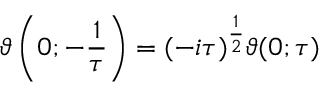
\vartheta \left( 0 ; - { \frac { 1 } { \tau } } \right) = ( - i \tau ) ^ { \frac { 1 } { 2 } } \vartheta ( 0 ; \tau )